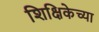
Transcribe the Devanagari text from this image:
शिक्षिकेच्या